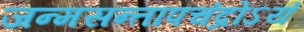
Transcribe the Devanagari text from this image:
जन्मसन्तापचंद्रोऽयं